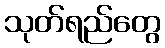
သုတ်ရည်တွေ